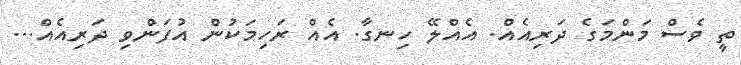
ތީ ވެސް މަންމަގެ ދަރިއެއް. އެއްލޭ ހިނގާ. އެއް ރަހިމަކުން އުފަންވި ދަރިއެއް...